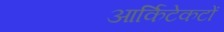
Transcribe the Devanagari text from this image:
आर्किटेकटों